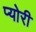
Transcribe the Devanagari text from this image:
प्योरी